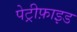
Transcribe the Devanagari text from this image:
पेट्रीफ़ाइड